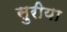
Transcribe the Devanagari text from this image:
सुरीया